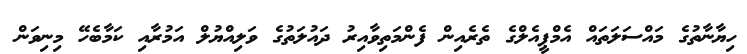
ހިޔާނާތުގެ މައްސަލަތައް އެމްޕީއެލްގެ ތެރެއިން ފެންމަތިވާއިރު ދައުލަތުގެ ވަލިއްޔުލް އަމުރާއި ކަމާބެހޭ މިނިވަން